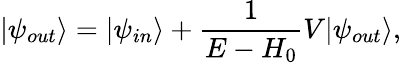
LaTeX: |{\psi_{out}}\rangle=|{\psi_{in}}\rangle+\frac{1}{{E-{H_{0}}}}V|{\psi_{out}}\rangle,